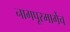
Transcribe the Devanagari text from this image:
नागपूरमार्गेच